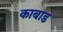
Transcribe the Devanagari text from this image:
काबाड